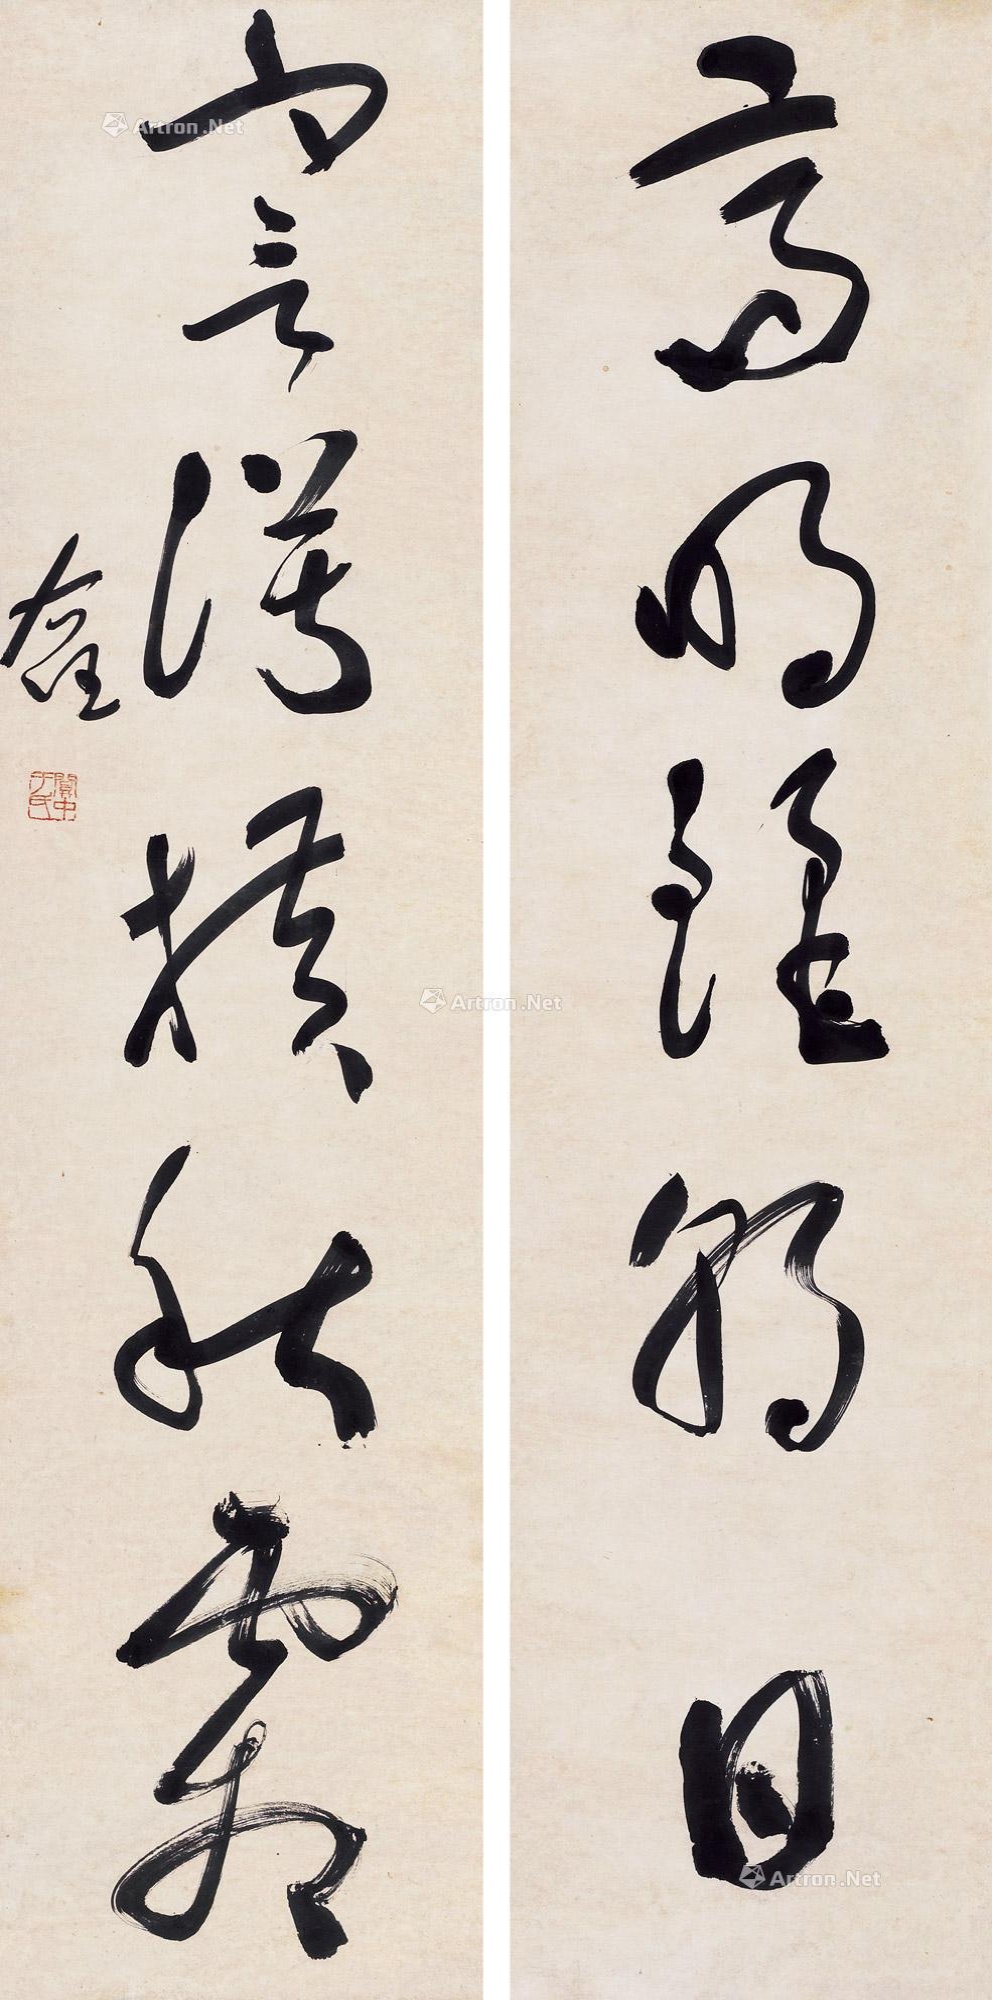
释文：高明丽朝日，蹇谔横秋霜。右任。